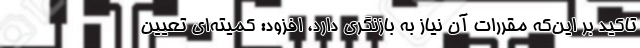
تاکید بر این‌که مقررات آن نیاز به بازنگری دارد، ‌افزود: کمیته‌ای تعیین